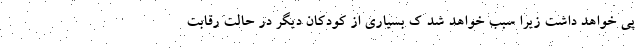
پی خواهد داشت زیرا سبب خواهد شد ک بسیاری از کودکان دیگر در حالت رقابت